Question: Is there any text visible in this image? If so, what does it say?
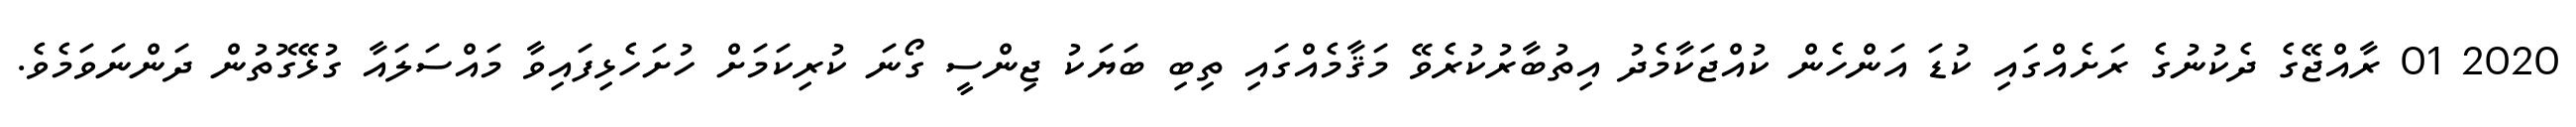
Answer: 2020 01 ރާއްޖޭގެ ދެކުނުގެ ރަށެއްގައި ކުޑަ އަންހެން ކުއްޖަކާމެދު އިތުބާރުކުރެވޭ މަޤާމެއްގައި ތިބި ބަޔަކު ޖިންސީ ގޯނަ ކުރިކަމަށް ހުށަހެޅިފައިވާ މައްސަލައާ ގުޅޭގޮތުން ދަންނަވަމެވެ.